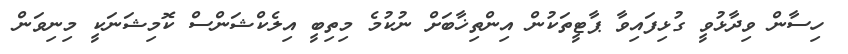
ހިސާން ވިދާޅުވީ ގުޅިފައިވާ ޕާޓީތަކުން އިންތިޚާބަށް ނުކުމެ މިތިބީ އިލެކްޝަންސް ކޮމިޝަނަކީ މިނިވަން